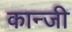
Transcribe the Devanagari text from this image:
कान्जी